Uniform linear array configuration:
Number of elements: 48
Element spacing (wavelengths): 0.75
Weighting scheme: binomial
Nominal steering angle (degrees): -45
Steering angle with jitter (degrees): -45.835
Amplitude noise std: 0.05
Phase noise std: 0.05

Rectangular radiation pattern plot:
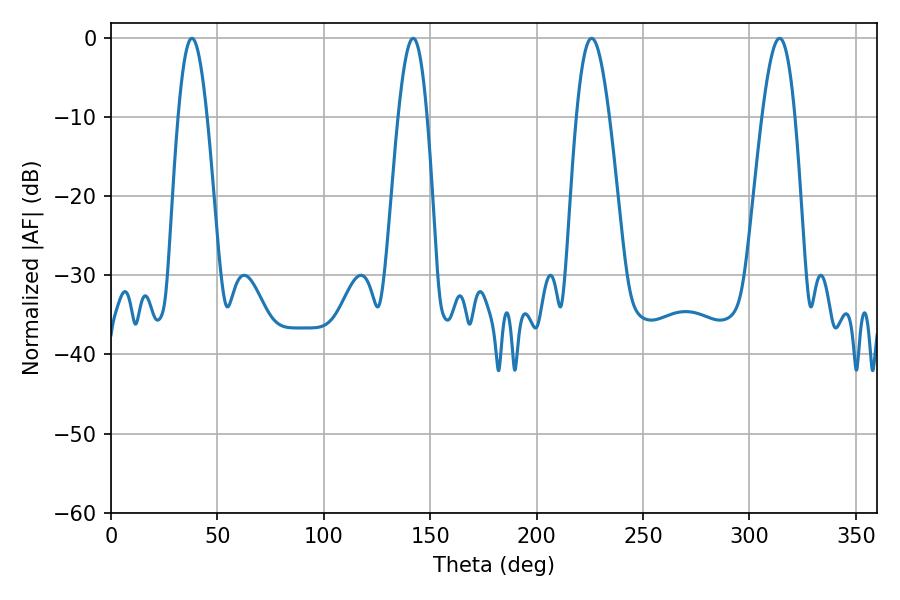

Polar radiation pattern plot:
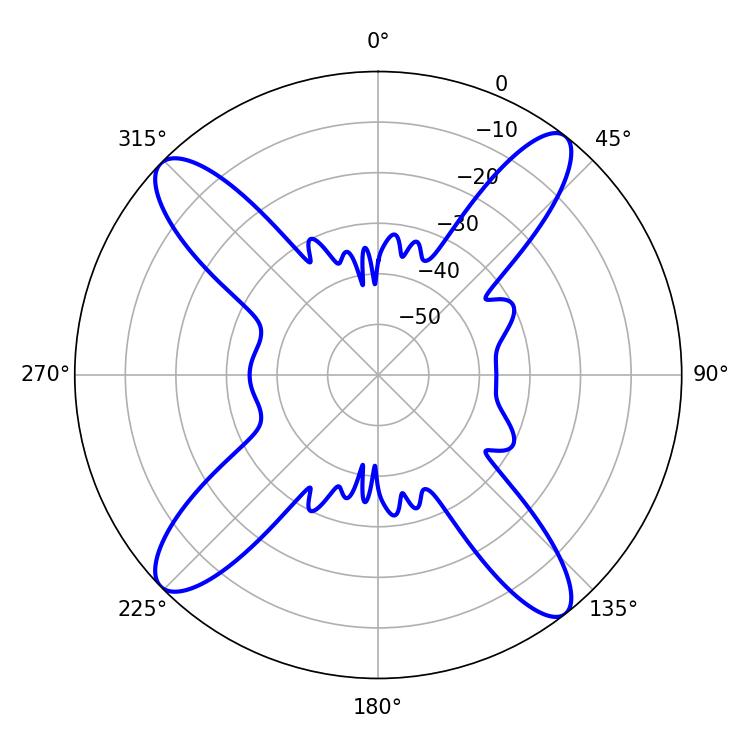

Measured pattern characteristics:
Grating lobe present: TRUE
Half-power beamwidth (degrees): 7.38
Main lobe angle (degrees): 37.98